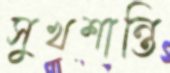
সুখশান্তি